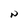
Character: N